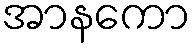
အာနကော